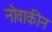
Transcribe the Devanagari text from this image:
नोवाकीन